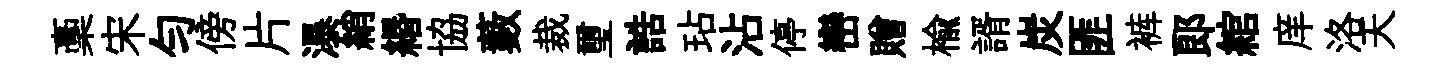
稾宋勻傍片瀑綃緡協藪裁璽誥玷沾停巒贈楡諝炭匪裤郎綰庠洛天